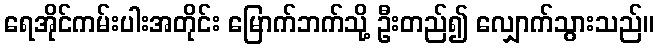
ရေအိုင်ကမ်းပါးအတိုင်း မြောက်ဘက်သို့ ဦးတည်၍ လျှောက်သွားသည်။